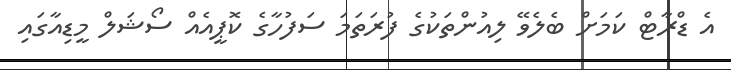
އެ ޑްރާޓް ކަމަށް ބެލެވޭ ލިއުންތަކުގެ ފުރަތަމަ ސަފުހާގެ ކޮޕީއެއް ސޯޝަލް މީޑިއާގައި